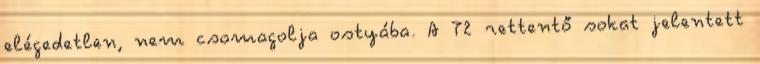
elégedetlen, nem csomagolja ostyába. A T2 rettentő sokat jelentett